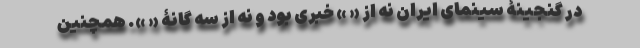
در گنجینۀ سینمای ایران نه از « » خبری بود و نه از سه گانۀ « ». همچنین